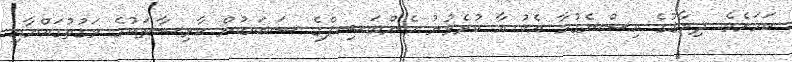
ކަމަށެވެ. ދިރާގުގެ އިސްނެގުމާ އެކު އާ ކުރެވުނު މެންބަޝިޕްގެ ސަބަބުން ކާރިސާތަކުގެ ވަގުތުގައްޔާއި